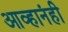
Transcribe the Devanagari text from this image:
आव्हानंही